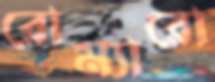
রোম্যারো